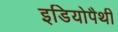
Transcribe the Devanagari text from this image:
इडियोपैथी